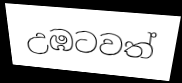
උඹටවත්